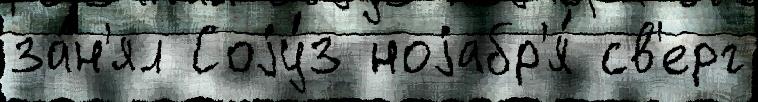
за́н'ял Соjу́з ноjабр'я́ св'ерг